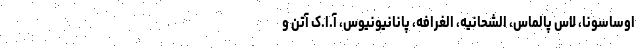
اوساسونا، لاس پالماس، الشحانیه، الغرافه، پانانیونیوس، آ.ا.ک آتن و